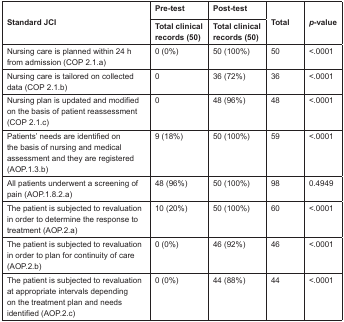
<table><thead><tr><td rowspan="2"><b>Standard JCI</b></td><td><b>Pre-test</b></td><td><b>Post-test</b></td><td rowspan="2"><b>Total</b></td><td rowspan="2"><b><i>p</i>-value</b></td></tr><tr><td><b>Total clinical records (50)</b></td><td><b>Total clinical records (50)</b></td></tr></thead><tbody><tr><td>Nursing care is planned within 24 h from admission (COP 2.1.a)</td><td>0 (0%)</td><td>50 (100%)</td><td>50</td><td>&lt;.0001</td></tr><tr><td>Nursing care is tailored on collected data (COP 2.1.b)</td><td>0</td><td>36 (72%)</td><td>36</td><td>&lt;.0001</td></tr><tr><td>Nursing plan is updated and modified on the basis of patient reassessment (COP 2.1.c)</td><td>0</td><td>48 (96%)</td><td>48</td><td>&lt;.0001</td></tr><tr><td>Patients’ needs are identified on the basis of nursing and medical assessment and they are registered (AOP.1.3.b)</td><td>9 (18%)</td><td>50 (100%)</td><td>59</td><td>&lt;.0001</td></tr><tr><td>All patients underwent a screening of pain (AOP.1.8.2.a)</td><td>48 (96%)</td><td>50 (100%)</td><td>98</td><td>0.4949</td></tr><tr><td>The patient is subjected to revaluation in order to determine the response to treatment (AOP.2.a)</td><td>10 (20%)</td><td>50 (100%)</td><td>60</td><td>&lt;.0001</td></tr><tr><td>The patient is subjected to revaluation in order to plan for continuity of care (AOP.2.b)</td><td>0 (0%)</td><td>46 (92%)</td><td>46</td><td>&lt;.0001</td></tr><tr><td>The patient is subjected to revaluation at appropriate intervals depending on the treatment plan and needs identified (AOP.2.c)</td><td>0 (0%)</td><td>44 (88%)</td><td>44</td><td>&lt;.0001</td></tr></tbody></table>